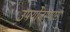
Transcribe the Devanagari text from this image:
उपयोजण्यास